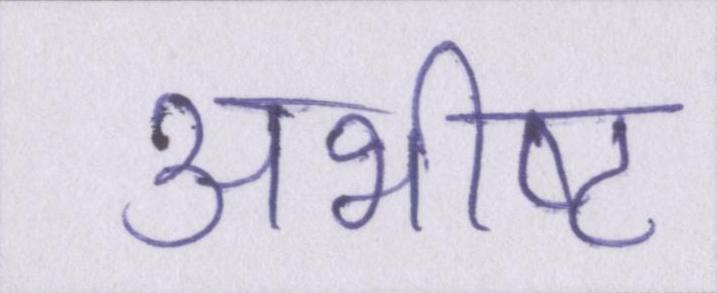
अभीष्ट